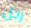
رجل